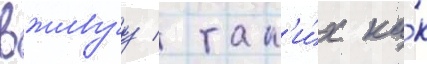
вживуу / так'и́х ка́к